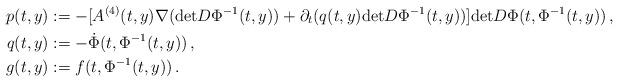
LaTeX: \begin{align*}{p}(t,y) & := - [A^{(4)}(t,y) \nabla(\mathrm{det} D\Phi^{-1}(t,y))+ \partial_t ({q}(t,y) \mathrm{det} D\Phi^{-1}(t,y) ) ]\mathrm{det} D \Phi(t,\Phi^{-1}(t,y))\,,\\{q}(t,y) & := - \dot{\Phi} (t, \Phi^{-1}(t,y))\,,\\{g}(t,y) & := f(t, \Phi^{-1}(t,y))\,.\end{align*}